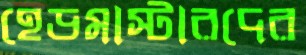
হেডমাস্টারদের